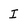
Character: I